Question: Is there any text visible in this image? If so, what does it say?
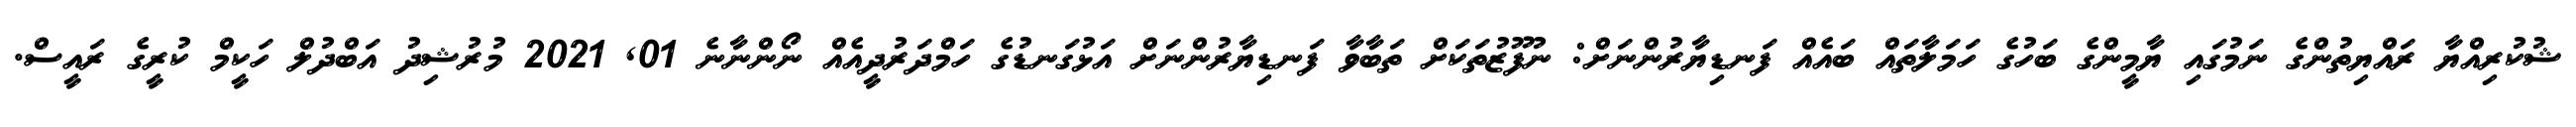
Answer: ޝުކުރިއްޔާ ރައްޔިތުންގެ ނަމުގައި ޔާމީންގެ ބަހުގެ ހަމަލާތައް ބައެއް ފަނޑިޔާރުންނަށް: ނުފޫޒުތަކަށް ތަބާވާ ފަނޑިޔާރުންނަށް އަޅުގަނޑުގެ ހަމްދަރުދީއެއް ނޯންނާނެ 01, 2021 މުރުޝިދު އަބްދުލް ހަކީމް ކުރީގެ ރައީސް.